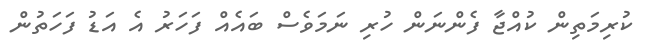
ކުރިމަތިން ކުއްޖާ ފެންނަން ހުރި ނަމަވެސް ބައެއް ފަހަރު އެ އަޑު ފަހަތުން